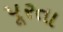
પૂરતા